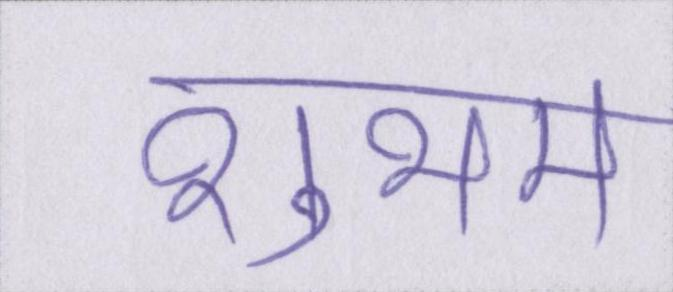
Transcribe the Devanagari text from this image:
शुभम